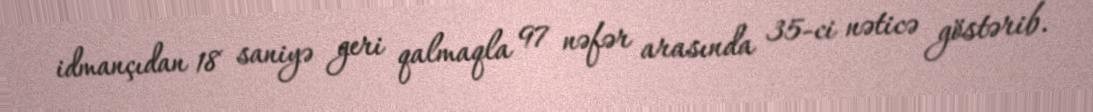
idmançıdan 18 saniyə geri qalmaqla 97 nəfər arasında 35-ci nəticə göstərib.